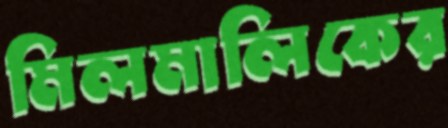
মিলমালিকের